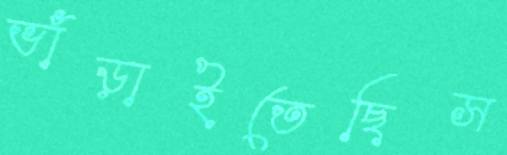
ভাঁড়াইতেছিস